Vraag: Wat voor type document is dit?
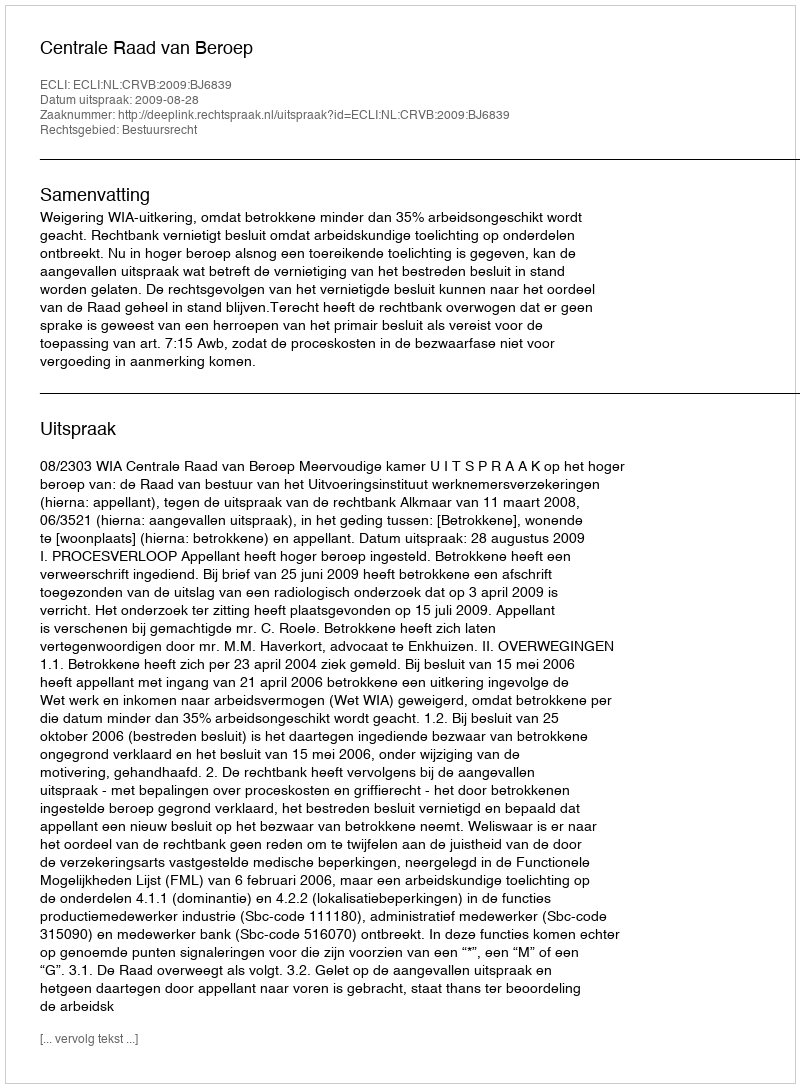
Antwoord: Uitspraak